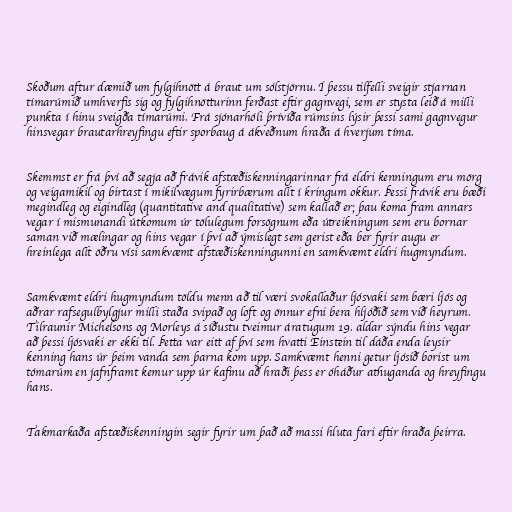
Skoðum aftur dæmið um fylgihnött á braut um sólstjörnu. Í þessu tilfelli sveigir stjarnan
tímarúmið umhverfis sig og fylgihnötturinn ferðast eftir gagnvegi, sem er stysta leið á milli
punkta í hinu sveigða tímarúmi. Frá sjónarhóli þrívíða rúmsins lýsir þessi sami gagnvegur
hinsvegar brautarhreyfingu eftir sporbaug á ákveðnum hraða á hverjum tíma.

Skemmst er frá því að segja að frávik afstæðiskenningarinnar frá eldri kenningum eru mörg
og veigamikil og birtast í mikilvægum fyrirbærum allt í kringum okkur. Þessi frávik eru bæði
megindleg og eigindleg (quantitative and qualitative) sem kallað er; þau koma fram annars
vegar í mismunandi útkomum úr tölulegum forsögnum eða útreikningum sem eru bornar
saman við mælingar og hins vegar í því að ýmislegt sem gerist eða ber fyrir augu er
hreinlega allt öðru vísi samkvæmt afstæðiskenningunni en samkvæmt eldri hugmyndum.

Samkvæmt eldri hugmyndum töldu menn að til væri svokallaður ljósvaki sem bæri ljós og
aðrar rafsegulbylgjur milli staða svipað og loft og önnur efni bera hljóðið sem við heyrum.
Tilraunir Michelsons og Morleys á síðustu tveimur áratugum 19. aldar sýndu hins vegar
að þessi ljósvaki er ekki til. Þetta var eitt af því sem hvatti Einstein til dáða enda leysir
kenning hans úr þeim vanda sem þarna kom upp. Samkvæmt henni getur ljósið borist um
tómarúm en jafnframt kemur upp úr kafinu að hraði þess er óháður athuganda og hreyfingu
hans.

Takmarkaða afstæðiskenningin segir fyrir um það að massi hluta fari eftir hraða þeirra.